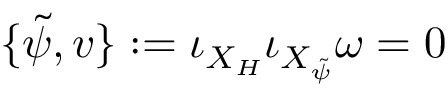
\{ \tilde { \psi } , v \} : = \iota _ { X _ { H } } \iota _ { X _ { \tilde { \psi } } } \omega = 0